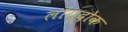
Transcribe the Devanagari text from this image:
लांगूदोक